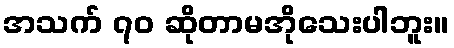
အသက် ၇၀ ဆိုတာမအိုသေးပါဘူး။